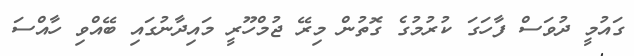
ގައުމީ ދުވަސް ފާހަގަ ކުރުމުގެ ގޮތުން މިރޭ ޖުމްހޫރީ މައިދާނުގައި ބޭއްވި ހާއްސަ